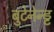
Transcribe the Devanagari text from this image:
बुटेनेन्ड्ट